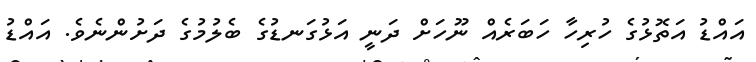
އައްޑު އަތޮޅުގެ ހުރިހާ ހަބަރެއް ނޫހަށް ދަނީ އަޅުގަނޑުގެ ބެލުމުގެ ދަށުންނެވެ. އައްޑު